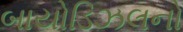
બાયોડિઝલનો